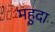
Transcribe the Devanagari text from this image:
महुदा